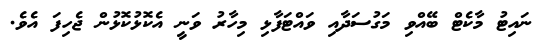
ނައިޓު މާކެޓް ބޭއްވި މަގުސަދާއި ވައްޓަފާޅި މިހާރު ވަނީ އެކޮޅުކޮޅުން ޖެހިފަ އެވެ.